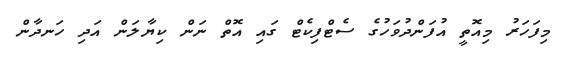
މިފަހަރު މިއޮތީ އުފަންދުވަހުގެ ސެޓްފިކެޓް ގައި އޮތް ނަން ކިޔާލަން އަދި ހަނދާން